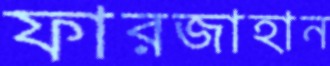
ফারজাহান